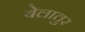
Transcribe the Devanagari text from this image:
बेलातुर